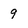
Character: 9